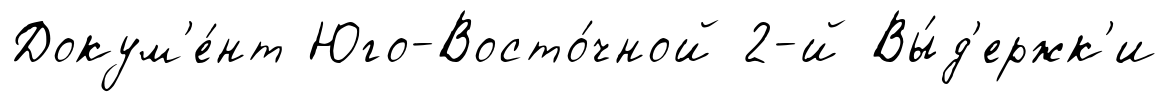
Докум'е́нт Юго-Восто́чной 2-й Вы́д'ержк'и